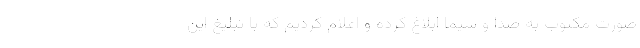
صورت مکتوب به صدا و سیما ابلاغ کرده و اعلام کردیم که با تبلیغ این